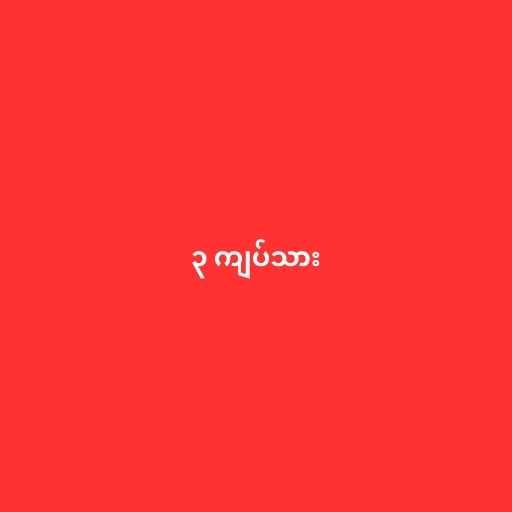
၃ ကျပ်သား